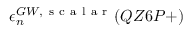
\epsilon _ { n } ^ { G W , \mathrm { ~ s ~ c ~ a ~ l ~ a ~ r ~ } } ( Q Z 6 P + )